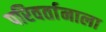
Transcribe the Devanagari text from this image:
परिवर्तानाला